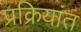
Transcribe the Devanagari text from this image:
प्रक्रियांत